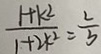
\frac { 1 + k ^ { 2 } } { 1 + 2 k ^ { 2 } } = \frac { 2 } { 3 }